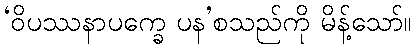
‘ဝိပဿနာပက္ခေ ပန’စသည်ကို မိန့်သော်။